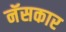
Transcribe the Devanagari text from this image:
नॅसकार